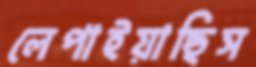
লেপাইয়াছিস